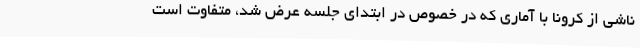
ناشی از کرونا با آماری که در خصوص در ابتدای جلسه عرض شد، متفاوت است